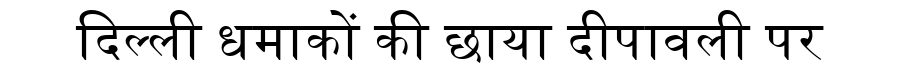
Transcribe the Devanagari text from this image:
दिल्ली धमाकों की छाया दीपावली पर